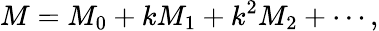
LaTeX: M=M_{0}+kM_{1}+k^{2}M_{2}+\cdots,